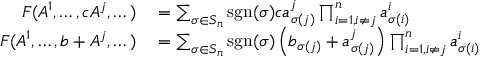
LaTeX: \begin{array} { r l } { F ( A ^ { 1 } , \dots , c A ^ { j } , \dots ) } & { { } = \sum _ { \sigma \in S _ { n } } \operatorname { s g n } ( \sigma ) c a _ { \sigma ( j ) } ^ { j } \prod _ { i = 1 , i \neq j } ^ { n } a _ { \sigma ( i ) } ^ { i } } \\ { F ( A ^ { 1 } , \dots , b + A ^ { j } , \dots ) } & { { } = \sum _ { \sigma \in S _ { n } } \operatorname { s g n } ( \sigma ) \left( b _ { \sigma ( j ) } + a _ { \sigma ( j ) } ^ { j } \right) \prod _ { i = 1 , i \neq j } ^ { n } a _ { \sigma ( i ) } ^ { i } } \end{array}